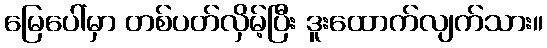
မြေပေါ်မှာ တစ်ပတ်လှိမ့်ပြီး ဒူးထောက်လျက်သား။